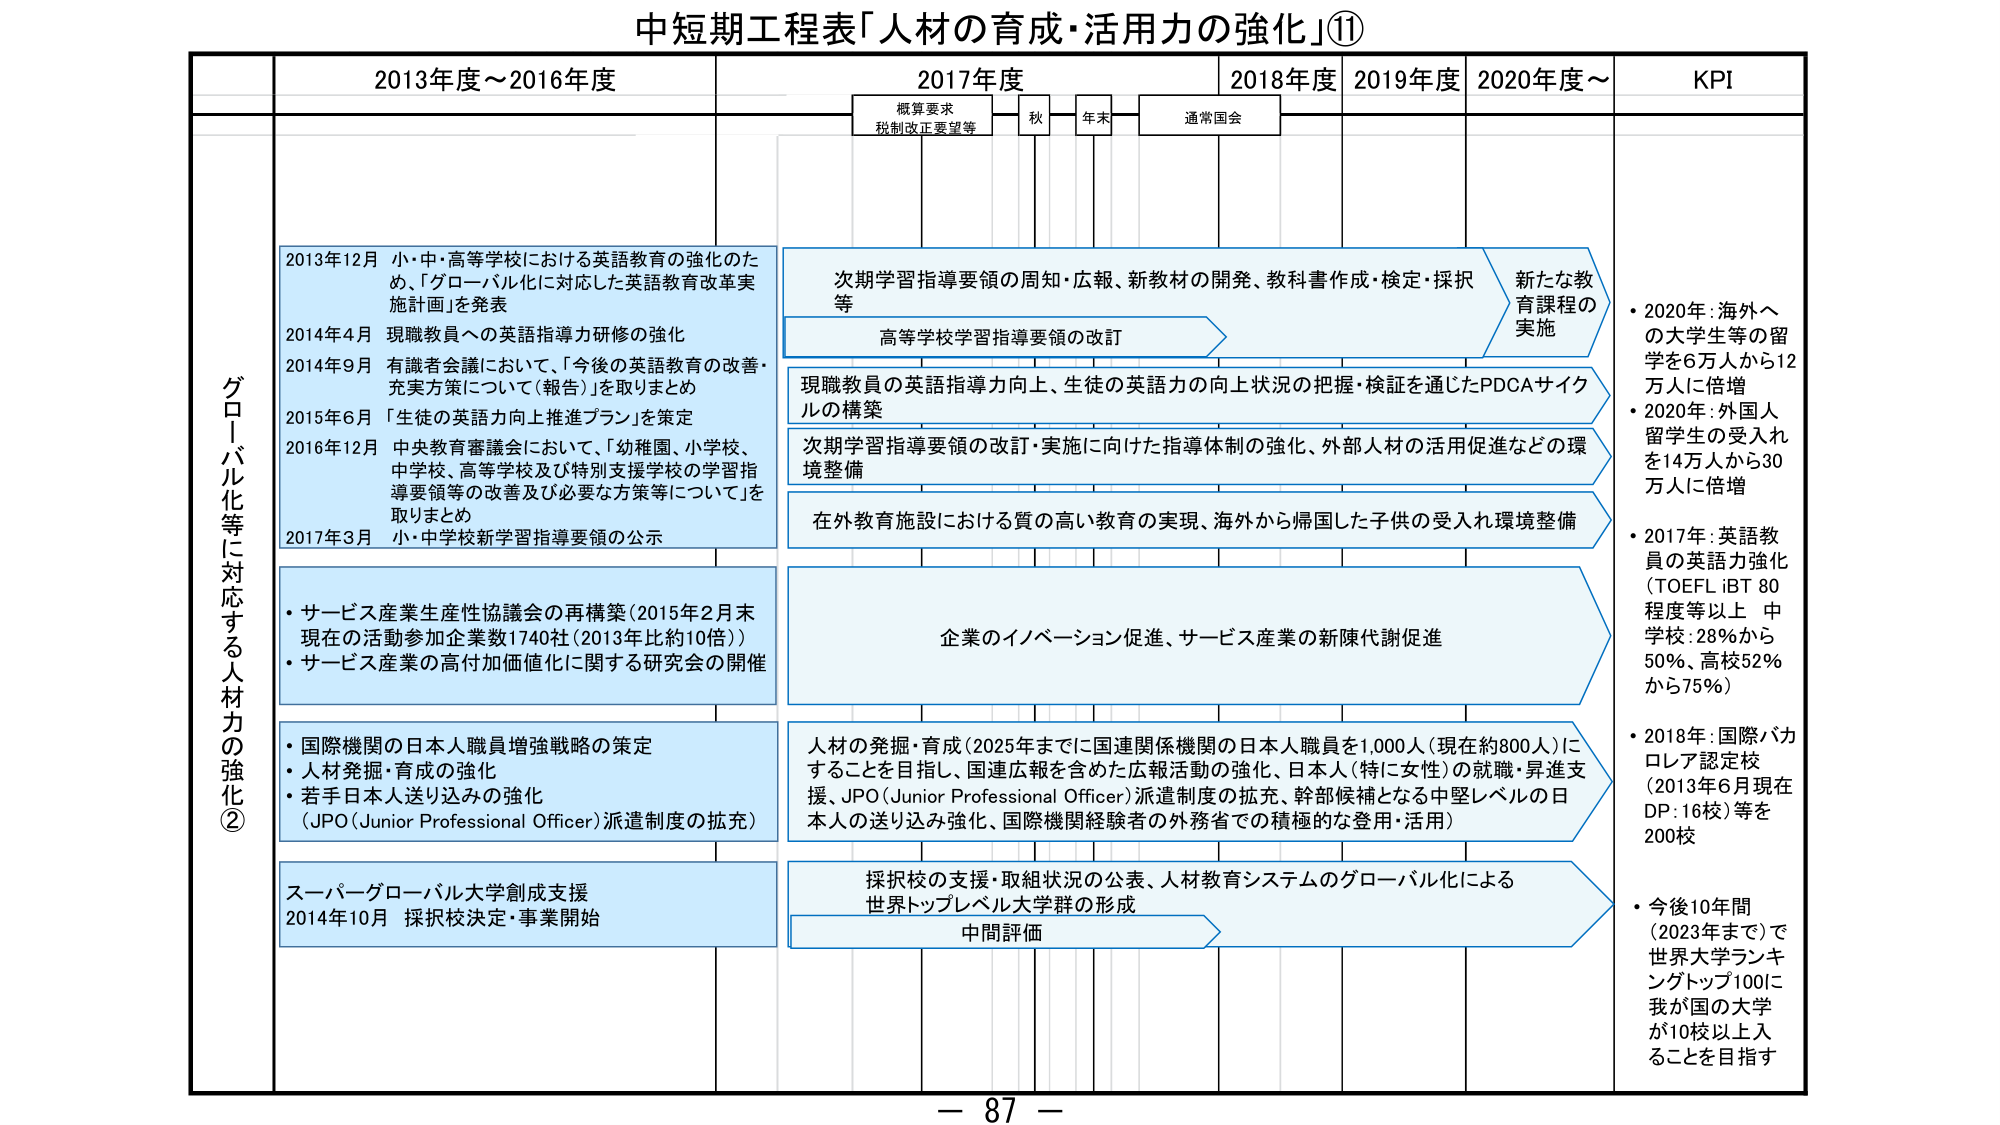
中短期工程表「人材の育成・活用力の強化」⑪

2013年度～2016年度
2017年度
2018年度
2019年度
2020年度～
KPI

概算要求
税制改正要望等
秋
年末
通常国会

グローバル化等に対応する人材力の強化②

2013年12月 小・中・高等学校における英語教育の強化のため、「グローバル化に対応した英語教育改革実施計画」を発表
2014年4月 現職教員への英語指導力研修の強化
2014年9月 有識者会議において、「今後の英語教育の改善・充実方策について（報告）」を取りまとめ
2015年6月 「生徒の英語力向上推進プラン」を策定
2016年12月 中央教育審議会において、「幼稚園、小学校、中学校、高等学校及び特別支援学校の学習指導要領等の改善及び必要な方策等について」を取りまとめ
2017年3月 小・中学校新学習指導要領の公示

次期学習指導要領の周知・広報、新教材の開発、教科書作成・検定・採択等
高等学校学習指導要領の改訂
現職教員の英語指導力向上、生徒の英語力の向上状況の把握・検証を通じたPDCAサイクルの構築
次期学習指導要領の改訂・実施に向けた指導体制の強化、外部人材の活用促進などの環境整備
在外教育施設における質の高い教育の実現、海外から帰国した子供の受入れ環境整備

新たな教育課程の実施

・2020年：海外への大学生等の留学を6万人から12万人に倍増
・2020年：外国人留学生の受入れを14万人から30万人に倍増
・2017年：英語教員の英語力強化（TOEFL iBT 80程度等以上 中学校：28％から50％、高校52％から75％）
・2018年：国際バカロレア認定校（2013年6月現在DP：16校）等を200校
・今後10年間（2023年まで）で世界大学ランキングトップ100に我が国の大学が10校以上入ることを目指す

・サービス産業生産性協議会の再構築（2015年2月末 現在の活動参加企業数1740社（2013年比約10倍））
・サービス産業の高付加価値化に関する研究会の開催

企業のイノベーション促進、サービス産業の新陳代謝促進

・国際機関の日本人職員増強戦略の策定
・人材発掘・育成の強化
・若手日本人送り込みの強化（JPO（Junior Professional Officer）派遣制度の拡充）

人材の発掘・育成（2025年までに国連関係機関の日本人職員を1,000人（現在約800人）にすることを目指し、国連広報を含めた広報活動の強化、日本人（特に女性）の就職・昇進支援、JPO（Junior Professional Officer）派遣制度の拡充、幹部候補となる中堅レベルの日本人の送り込み強化、国際機関経験者の外務省での積極的な登用・活用）

スーパーグローバル大学創成支援
2014年10月 採択校決定・事業開始

採択校の支援・取組状況の公表、人材教育システムのグローバル化による世界トップレベル大学群の形成
中間評価

－ 87 －